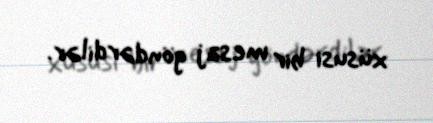
xüsusi bir mesaj göndərdilər.